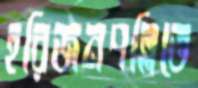
হরিজনপল্লিতে